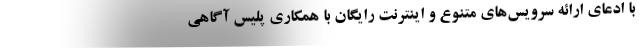
با ادعای ارائه سرویس‌های متنوع و اینترنت رایگان با همکاری پلیس آگاهی